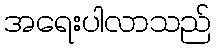
အရေးပါလာသည်